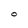
Character: O